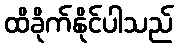
ထိခိုက်နိုင်ပါသည်